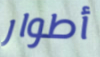
أطوار